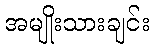
အမျိုးသားချင်း